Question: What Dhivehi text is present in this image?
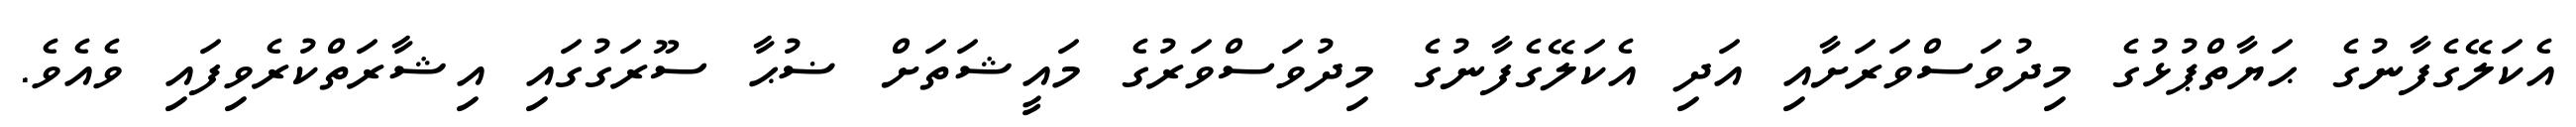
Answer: އެކަލޭގެފާނުގެ ޙަޔާތްޕުޅުގެ މިދުވަސްވަރަށާއި އަދި އެކަލޭގެފާނުގެ މިދުވަސްވަރުގެ މައީޝަތަށް ޟުޙާ ސޫރަގުގައި އިޝާރަތްކުރެވިފައި ވެއެވެ.